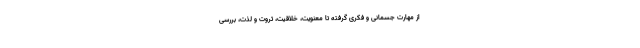
از مهارت جسمانی و فکری گرفته تا معنویت، خلاقیت، ثروت و لذت، بررسی